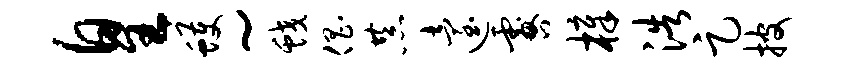
皇蠖~蛟倡恭迨咎樟浩足披